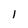
Character: 1